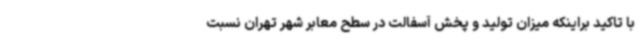
با تاکید براینکه میزان تولید و پخش آسفالت در سطح معابر شهر تهران نسبت